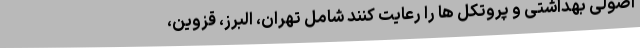
اصولی بهداشتی و پروتکل ها را رعایت کنند شامل تهران، البرز، قزوین،